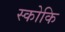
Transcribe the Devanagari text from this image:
स्कोकि